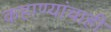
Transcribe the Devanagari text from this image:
कहाण्यांचाही